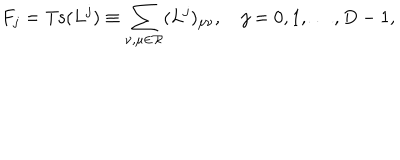
F _ { j } = \mathrm { T s } ( L ^ { j } ) \equiv \sum _ { \nu , \mu \in { \mathcal R } } ( L ^ { j } ) _ { \mu \nu } , \quad j = 0 , 1 , \ldots , D - 1 ,